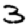
Digit: 3